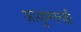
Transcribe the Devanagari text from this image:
आयुष्मानही